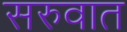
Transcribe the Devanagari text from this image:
सरुवात